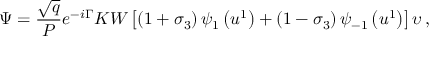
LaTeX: \Psi = \frac { \sqrt { q } } { P } e ^ { - i \Gamma } K W \left[ \left( 1 + \sigma _ { 3 } \right) \psi _ { 1 } \left( u ^ { 1 } \right) + \left( 1 - \sigma _ { 3 } \right) \psi _ { - 1 } \left( u ^ { 1 } \right) \right] \upsilon \, ,